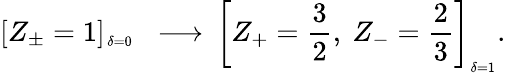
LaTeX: \left[Z_{\pm}=1\right]_{^{_{_{\delta=0}}}}\ \ \longrightarrow\, \left[Z_{+}=\frac{3}{2},\ Z_{-}=\frac{2}{3}\right]_{_{\delta=1}}.